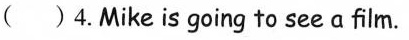
( ) 4.Mike is going to see a film.